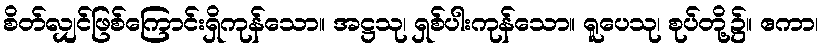
စိတ်လျှင်ဖြစ်ကြောင်းရှိကုန်သော။ အဋ္ဌသု၊ ရှစ်ပါးကုန်သော။ ရူပေသု၊ စုပ်တို့၌။ ဧကာ၊